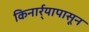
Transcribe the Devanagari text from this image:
किनार्र्यापासून